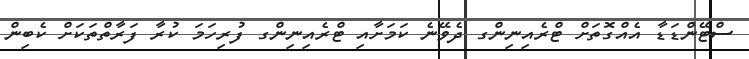
ސްޓޭންޑަޑާ އެއްގޮތަށް ޓްރެއިނިންގ ދެވޭނެ ކަމަށާއި ޓްރެއިނިންގ ފުރިހަމަ ކުރާ ފަރާތްތަކަށް ކެބިން